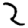
Digit: 2